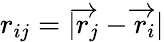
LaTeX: r_{ij}=|\overrightarrow{r}_{j}-\overrightarrow{r}_{i}|